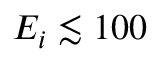
E _ { i } \lesssim 1 0 0